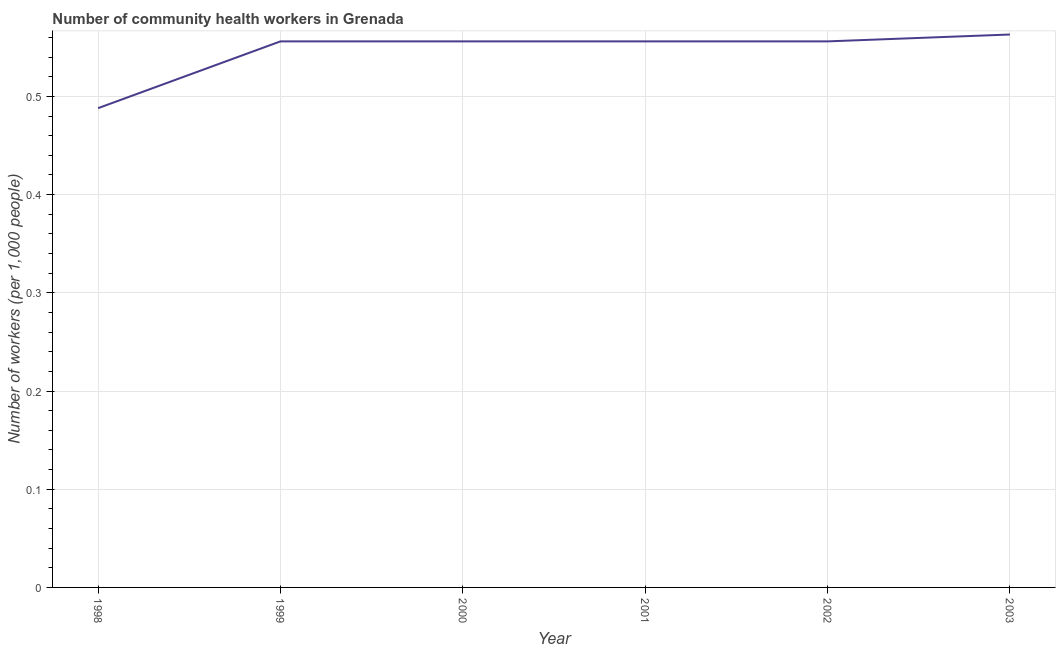
| Year | Community health workers |
 | --- | --- |
 | 1998 | 0.488 |
 | 1999 | 0.556 |
 | 2000 | 0.556 |
 | 2001 | 0.556 |
 | 2002 | 0.556 |
 | 2003 | 0.563 |